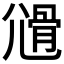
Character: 𡰊